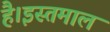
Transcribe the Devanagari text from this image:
है।इस्तमाल